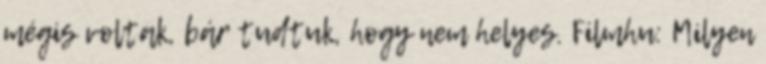
mégis voltak, bár tudtuk, hogy nem helyes. Filmhu: Milyen